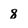
Character: 8